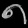
Digit: ၈